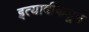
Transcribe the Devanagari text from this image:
इत्यादींकडून